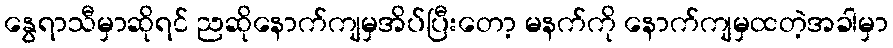
နွေရာသီမှာဆိုရင် ညဆိုနောက်ကျမှအိပ်ပြီးတော့ မနက်ကို နောက်ကျမှထတဲ့အခါမှာ